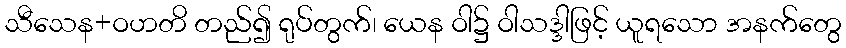
သီသေန+ဝဟတိ တည်၍ ရုပ်တွက်၊ ယေန ဝါ၌ ဝါသဒ္ဒါဖြင့် ယူရသော အနက်တွေ